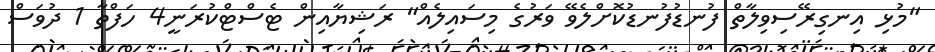
"މުޅި އިނގިރޭސިވިލާތް ފުނޑުފުނޑުކޮށްލެވޭ ވަރުގެ މިސައިލެއް" ރަޝިޔާއިން ޓެސްޓްކުރަނީ4 ހަފްތާ 1 ދުވަސް